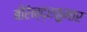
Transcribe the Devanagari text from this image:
बीरेन्द्रकुमार